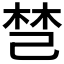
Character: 𰏐